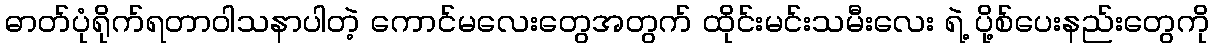
ဓာတ်ပုံရိုက်ရတာဝါသနာပါတဲ့ ကောင်မလေးတွေအတွက် ထိုင်းမင်းသမီးလေး ရဲ့ ပို့စ်ပေးနည်းတွေကို